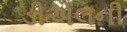
ડીએલની